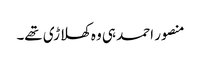
منصور احمد ہی وہ کھلاڑی تھے۔